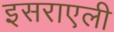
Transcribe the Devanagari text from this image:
इसराएली